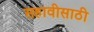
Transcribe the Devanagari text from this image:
सहावीसाठी